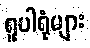
ရူပါရုံများ